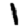
Digit: 1